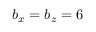
b _ { x } = b _ { z } = 6